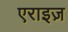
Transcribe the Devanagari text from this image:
एराइज़